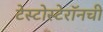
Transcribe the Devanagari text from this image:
टेस्टोस्टेरॉनची